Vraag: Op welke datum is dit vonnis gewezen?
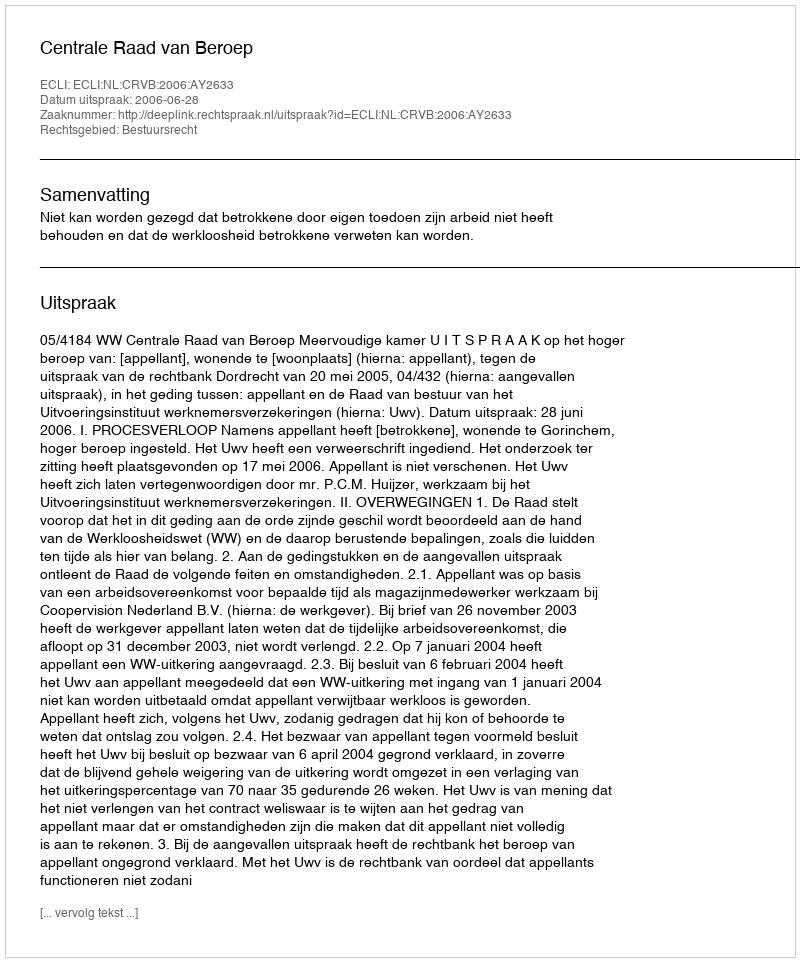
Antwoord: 2006-06-28